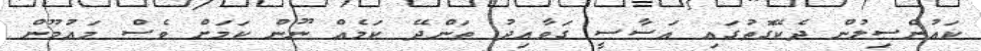
ކައުންސިލުން ދެކޭގޮތުގައި އަސާސީ ގަވާއިދު ތަންދޭ ކަމެއް ނޫން ކަމަށް ވެސް މައުމޫން